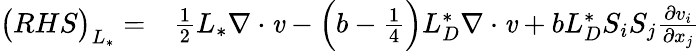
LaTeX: \begin{array}{rl}{\big(RHS\big)_{L_{*}}=}&{{}\frac{1}{2}{L_{*}}\mathbf{\nabla}\cdot\textbf{\emph{v}}-\Big(b-\frac{1}{4}\Big){L_{D}^{*}}\mathbf{\nabla}\cdot\textbf{\emph{v}}+b{L_{D}^{*}}S_{i}S_{j}\frac{\partial v_{i}}{\partial x_{j}}}\end{array}